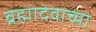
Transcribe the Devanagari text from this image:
ब्रह्मादेवाच्या